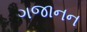
ગજાનન